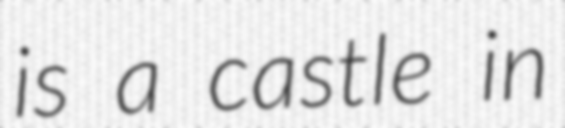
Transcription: is a castle in